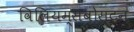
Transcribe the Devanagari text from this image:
विलियम्सबोस्टन